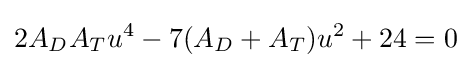
2A_{D}A_{T}u^{4}-7(A_{D}+A_{T})u^{2}+24=0